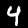
Digit: 4